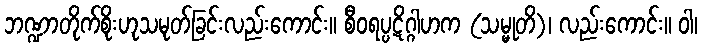
ဘဏ္ဍာတိုက်စိုးဟုသမုတ်ခြင်းလည်းကောင်း။ စီဝရပ္ပဋိဂ္ဂါဟက (သမ္မုတိ)၊ လည်းကောင်း။ ဝါ၊